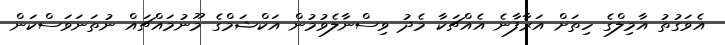
އެވަގުތު އާމިލްގެ ހިތަށް އަރާފާނެ އެއްޗަކާ މެދު ވިސްނާލެވުމުން އަކްޝަމްގެ މޫނުމައްޗައް ނުތަނަވަސްކަން